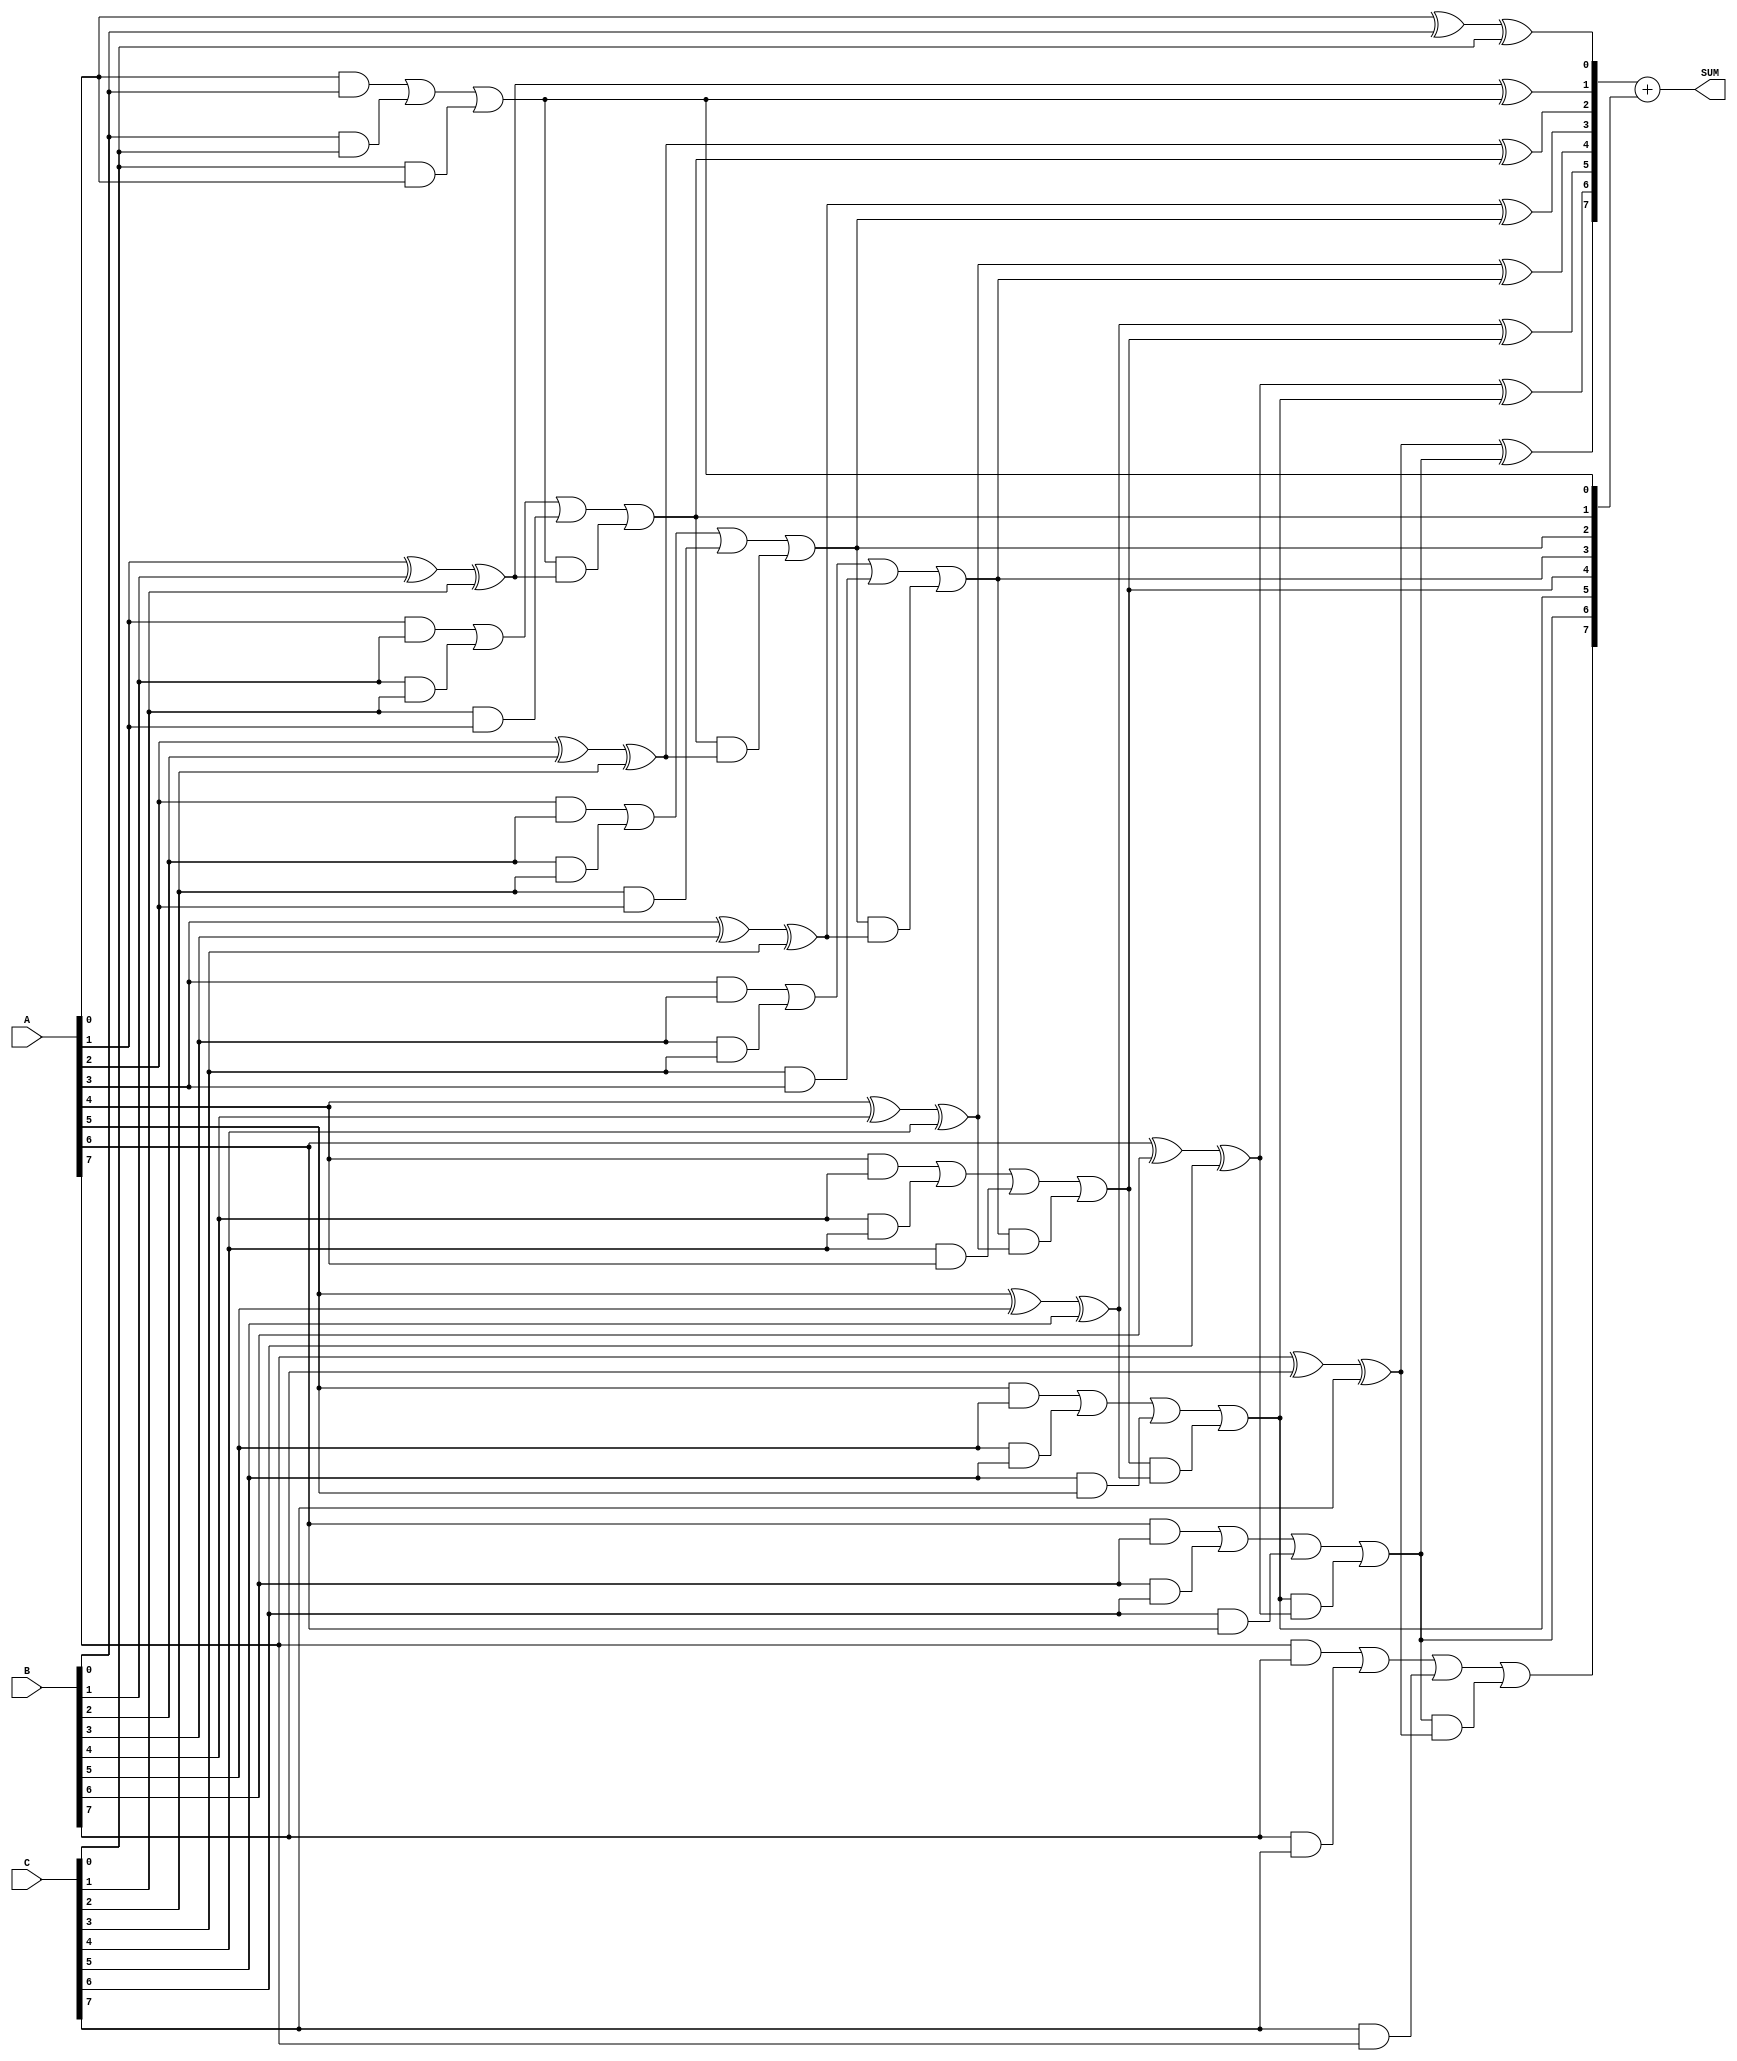
module carry_save_adder #(parameter N = 8) (
    input  [N-1:0] A, // First operand
    input  [N-1:0] B, // Second operand
    input  [N-1:0] C, // Third operand
    output [N:0] SUM // Output sum (N bits + 1 for carry)
);
    wire [N-1:0] partial_sum; // Partial sums from each stage
    wire [N-1:0] carry; // Carry bits from each stage

    // Stage 1: Compute partial sums and carries for each bit
    genvar i;
    generate
        for (i = 0; i < N; i = i + 1) begin: csa_stage
            if (i == 0) begin
                assign partial_sum[i] = A[i] ^ B[i] ^ C[i];
                assign carry[i] = (A[i] & B[i]) | (B[i] & C[i]) | (C[i] & A[i]);
            end else begin
                assign partial_sum[i] = A[i] ^ B[i] ^ C[i] ^ carry[i-1];
                assign carry[i] = (A[i] & B[i]) | (B[i] & C[i]) | (C[i] & A[i]) | (carry[i-1] & (A[i] ^ B[i] ^ C[i]));
            end
        end
    endgenerate

    // Final addition: Add the last carry to the sum
    wire [N:0] final_sum; // Final sum including carry bit
    assign final_sum = {1'b0, partial_sum} + carry; // Final adjustment of carries

    assign SUM = final_sum;

endmodule